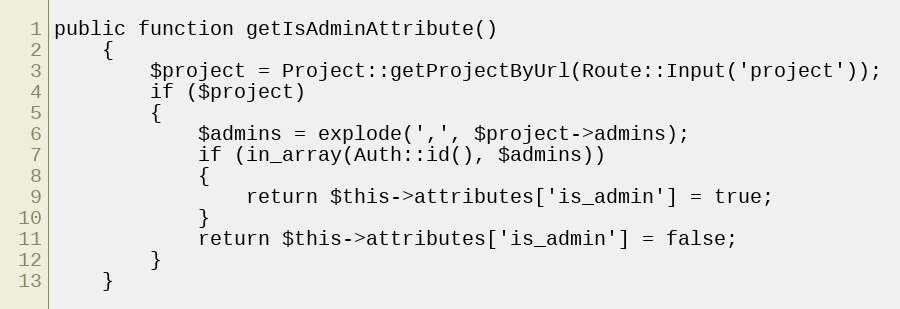
Language: PHP
public function getIsAdminAttribute()
	{
		$project = Project::getProjectByUrl(Route::Input('project'));
		if ($project)
		{
			$admins = explode(',', $project->admins);
			if (in_array(Auth::id(), $admins))
			{
				return $this->attributes['is_admin'] = true;
			}
			return $this->attributes['is_admin'] = false;
		}
	}